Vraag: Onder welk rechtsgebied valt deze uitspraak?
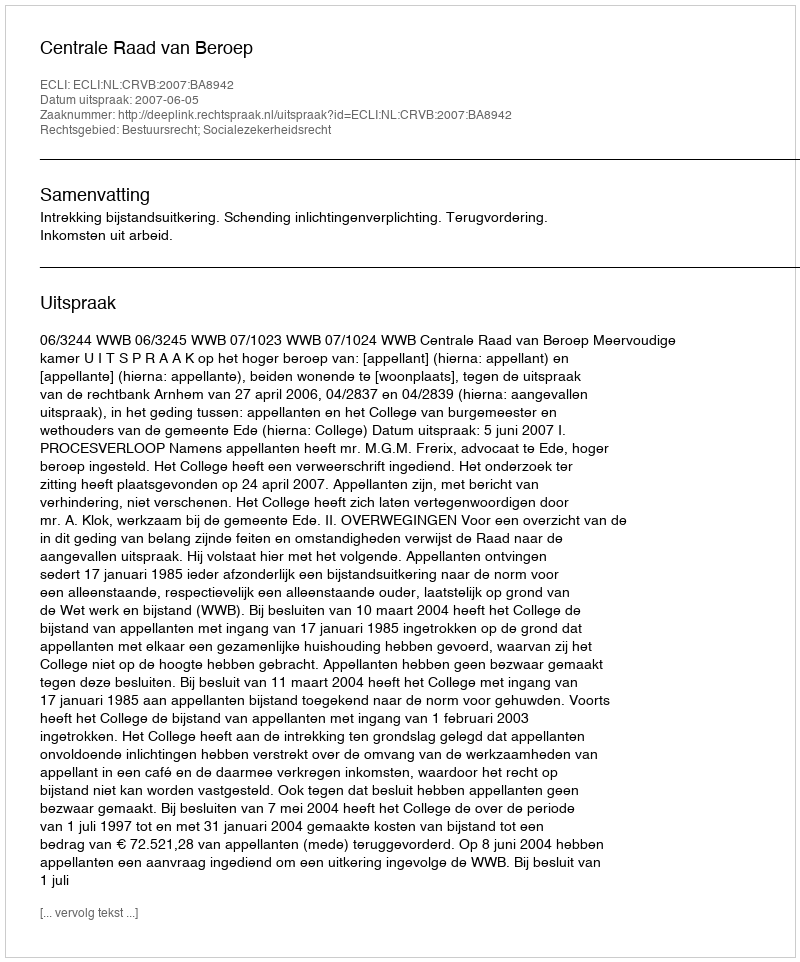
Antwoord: Bestuursrecht; Socialezekerheidsrecht